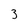
Character: 3